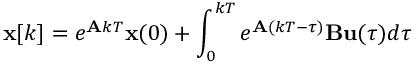
\mathbf { x } [ k ] = e ^ { \mathbf { A } k T } \mathbf { x } ( 0 ) + \int _ { 0 } ^ { k T } e ^ { \mathbf { A } ( k T - \tau ) } \mathbf { B } \mathbf { u } ( \tau ) d \tau